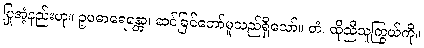
ပြုအံ့နည်းဟု။ ဥပဓာရေန္တော၊ ဆင်ခြင်တော်မူသည်ရှိသော်။ တံ၊ ထိုညီသူကြွယ်ကို။